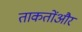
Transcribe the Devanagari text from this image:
ताकतोंऔर